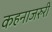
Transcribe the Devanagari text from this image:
कहनाजरुरी